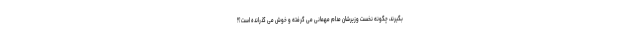
بگیرند، چگونه نخست وزیرشان مدام مهمانی می گرفته و خوش می گذرانده است؟!